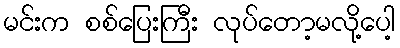
မင်းက စစ်ပြေးကြီး လုပ်တော့မလို့ပေါ့